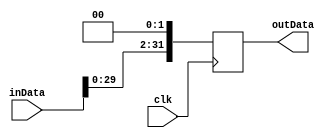
module ShiftLeft2Bits(clk,outData,inData);
  input [31:0]inData;
  output [31:0]outData;
  reg [31:0]outData;
  input clk;

  always@(posedge clk)
    begin
      outData = inData<<2;
    end
endmodule